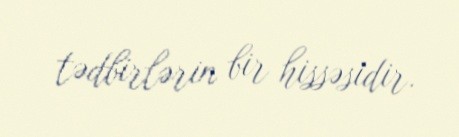
tədbirlərin bir hissəsidir.